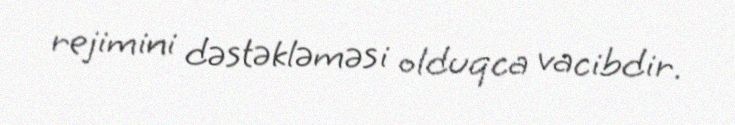
rejimini dəstəkləməsi olduqca vacibdir.